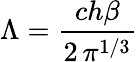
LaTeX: \Lambda={\frac{ch\beta}{2\, \pi^{1/3}}}